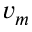
v _ { m }